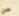
من